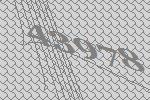
43978